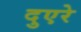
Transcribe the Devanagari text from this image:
दुएरे